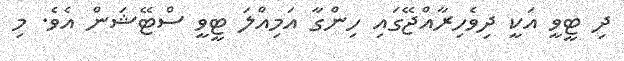
ދި ޓީވީ އަކީ ދިވެހިރާއްޖޭގައި ހިންގާ އަމިއްލަ ޓީވީ ސްޓޭޝަން އެވެ. މި